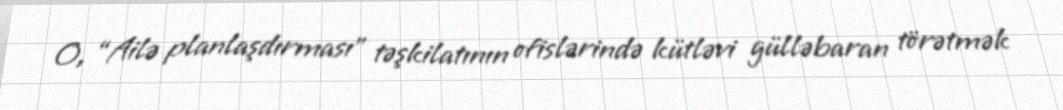
O, “Ailə planlaşdırması” təşkilatının ofislərində kütləvi gülləbaran törətmək